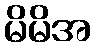
မိမိအ